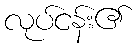
လုပ်ငန်း၏